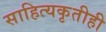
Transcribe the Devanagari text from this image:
साहित्यकृतीही